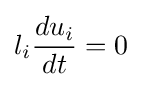
l_{i}{\frac {du_{i}}{dt}}=0